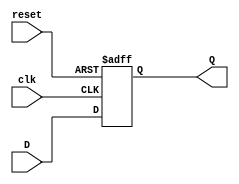
//FRANCISCO MONTFAR
//CARNET 19379







//Ejercicio 6 con rst asincrono

module FLIPflop (input clk, reset, D,
            output reg Q);
        always @ (posedge clk or posedge reset)begin
            if (reset) begin
                Q <= 1'b0;
            end
            else begin
                Q <= D;
            end
        end
endmodule

//ejercicio 1

module  ejer1(input A, B, clk, reset, output wire Q, output wire [1:0] S2, F2);
wire S0, S1, F0, F1;

        assign  F0 = (~S1 & ~S0 & A);
        assign F1 = (S0 & B) | (S1 & A & B);

        FLIPflop U1(clk, reset, F0, S0);
        FLIPflop U2(clk, reset, F1, S1);
        assign Q = (S1 & ~S0 & A & B);
        assign S2 = {S1, S0};
        assign F2 = {F1, F0};

endmodule

module ejer3 (input A, clk, reset,
output Y3, Y2, Y1,
output wire [2:0]F3, S3);
wire S0, S1, S2, F0, F1, F2;

assign F0 = ~S0;
assign F1 = (~S1 & ~S0 & ~A) | (S1 & S0 & ~A) | (S1 & ~S0 & A) | (~S1 & S0 & A);
assign F2 = (S2 & S1 & ~A) | (S2 & ~S0 & A) | (S2 & ~S1 & S0) | (~S2 & ~S1 & ~S0 & ~A) | (~S2 & S1 & S0 & A);

FLIPflop  C0(clk, reset, F0, S0);
FLIPflop  C1(clk, reset, F1, S1);
FLIPflop  C3(clk, reset, F2, S2);


assign S3 = {S2, S1, S0};
assign F3 = {F2, F1, F0};
assign Y3 = S2;
assign Y2 = (S2 & ~S1) | (~S2 & S1);
assign Y1 = (S1 & ~S0) | (~S1 & S0);

endmodule